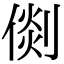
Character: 𠋴